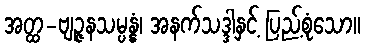
အတ္ထ-ဗျဉ္ဇနသမ္ပန္နံ၊ အနက်သဒ္ဒါနှင့် ပြည့်စုံသော။